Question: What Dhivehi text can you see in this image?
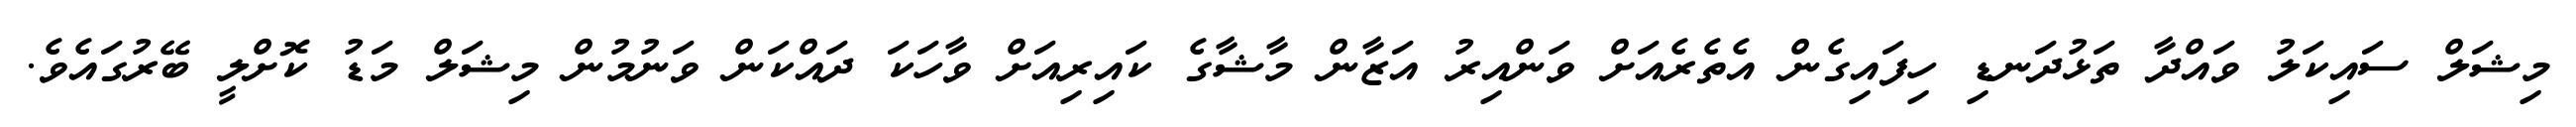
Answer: މިޝަލް ސައިކަލު ވައްދާ ތަޅުދަނޑި ހިފައިގެން އެތެރެއަށް ވަންއިރު އަޒާން މާޝާގެ ކައިރިއަށް ވާހަކަ ދައްކަން ވަނުމުން މިޝަލް މަޑު ކޮށްލީ ބޭރުގައެވެ.